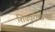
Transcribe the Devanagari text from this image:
शिवपुराणाच्या